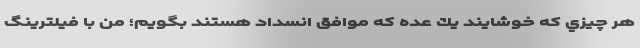
هر چيزي كه خوشايند يك عده كه موافق انسداد هستند بگويم؛ من با فيلترينگ